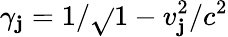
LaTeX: \gamma_{\mathbf{j}}=1/\sqrt{}{{1-v_{\mathbf{j}}^{2}/c^{2}}}